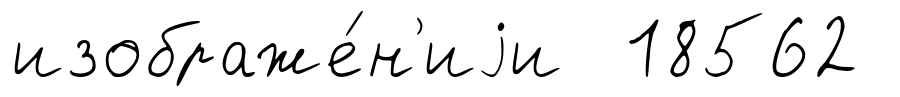
изображе́н'иjи 18562